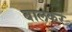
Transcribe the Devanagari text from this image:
बालकर